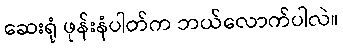
ဆေးရုံ ဖုန်းနံပါတ်က ဘယ်လောက်ပါလဲ။